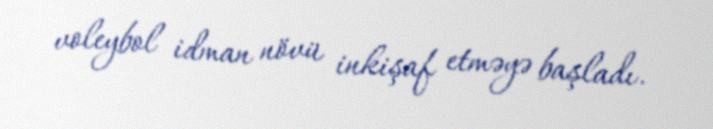
voleybol idman növü inkişaf etməyə başladı.